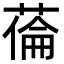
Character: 𦷉